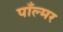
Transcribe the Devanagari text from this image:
पाँल्मर